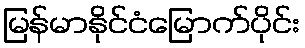
မြန်မာနိုင်ငံမြောက်ပိုင်း